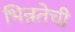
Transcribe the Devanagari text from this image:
भिन्नतेची